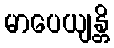
မာပေယျန္တိ